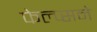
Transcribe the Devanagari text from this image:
फेल्प्सने